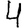
Digit: 4